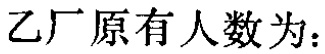
乙厂原有人数为：